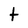
Character: t